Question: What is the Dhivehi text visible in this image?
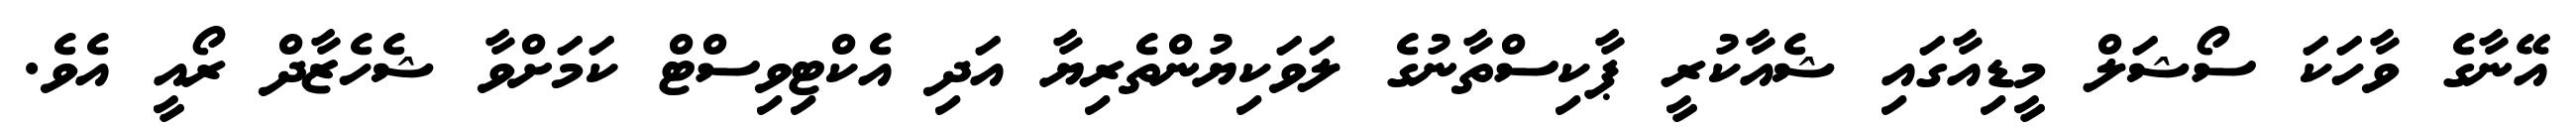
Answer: އޭނާގެ ވާހަކަ ސޯޝަލް މީޑިއާގައި ޝެއާކުރީ ޕާކިސްތާނުގެ ލަވަކިޔުންތެރިޔާ އަދި އެކްޓިވިސްޓް ކަމަށްވާ ޝެހެޒާދް ރޯއީ އެވެ.